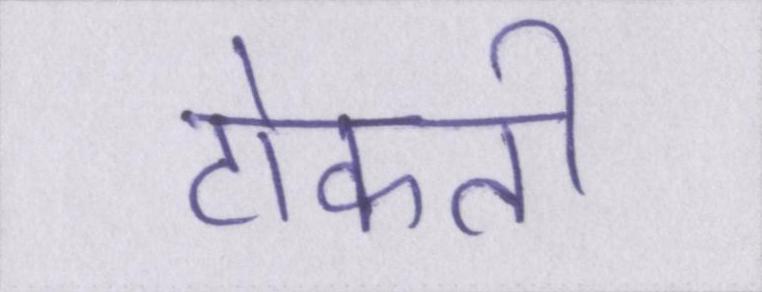
टोकती